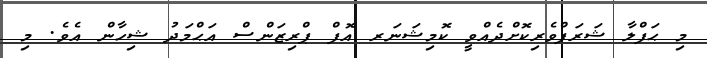
މި ޙަފްލާ ޝަރަފްވެރިކޮށްދެއްވީ ކޮމިޝަނަރ އޮފް ޕްރިޒަންސް އަޙްމަދު ޝިހާން އެވެ. މި